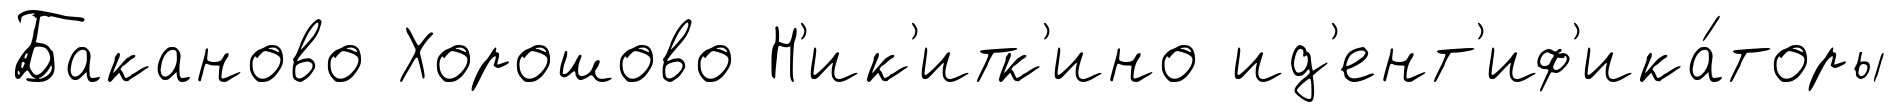
Баканово Хорошово Н'ик'итк'ино ид'ент'иф'ика́торы